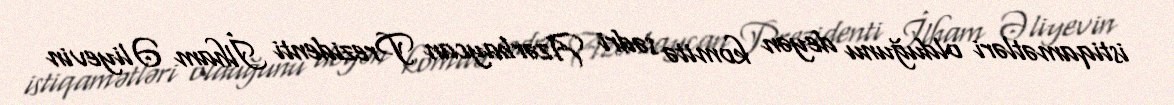
istiqamətləri olduğunu deyən komitə sədri Azərbaycan Prezidenti İlham Əliyevin